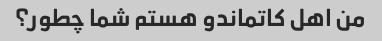
من اهل کاتماندو هستم شما چطور؟